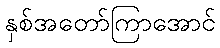
နှစ်အတော်ကြာအောင်